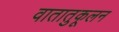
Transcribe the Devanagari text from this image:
वातातुकूलन